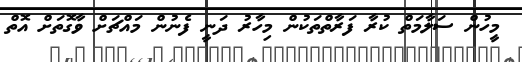
މީހުން ސަލާމަތް ކުރާ ފަރާތްތަކުން މިހާރު ދަނީ ފެނުން މައްޗަށް ވާގޮތަށް އޮތް